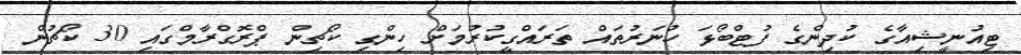
ޓިއުނީޝިއާގެ ކުދިންގެ ފުޓްބޯޅަ ހުނަރުތައް ތަރައްގީކުރުމަށް ހިންގި ކޯޗިން ޕްރޮގްރާމްގައި 30 ކޯޗުން